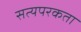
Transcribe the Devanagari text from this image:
सत्यपरकता